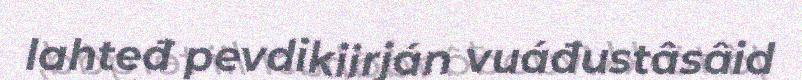
lahteđ pevdikiirján vuáđustâsâid